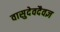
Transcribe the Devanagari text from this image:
वासुदेवदैवज्ञ